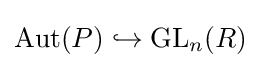
\operatorname {Aut} (P)\hookrightarrow \operatorname {GL} _{n}(R)